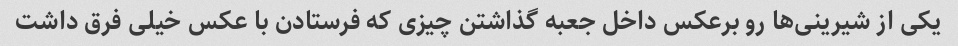
یکی از شیرینی‌ها رو برعکس داخل جعبه گذاشتن چیزی که فرستادن با عکس خیلی فرق داشت